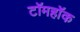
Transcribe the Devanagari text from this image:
टॉमहॉक